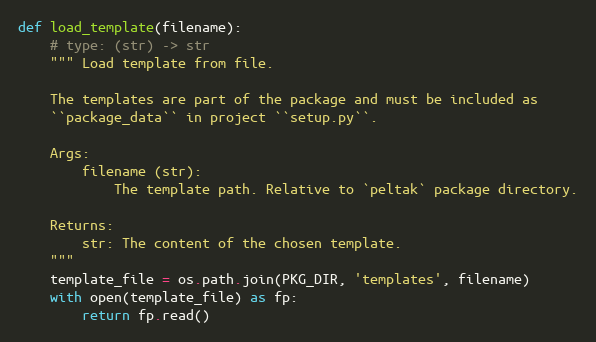
Language: Python
def load_template(filename):
    # type: (str) -> str
    """ Load template from file.

    The templates are part of the package and must be included as
    ``package_data`` in project ``setup.py``.

    Args:
        filename (str):
            The template path. Relative to `peltak` package directory.

    Returns:
        str: The content of the chosen template.
    """
    template_file = os.path.join(PKG_DIR, 'templates', filename)
    with open(template_file) as fp:
        return fp.read()